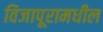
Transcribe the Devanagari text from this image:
विजापूरामधील